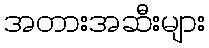
အတားအဆီးများ